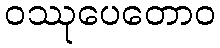
ဝဿုပေတောဝ